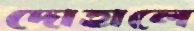
দোহালে